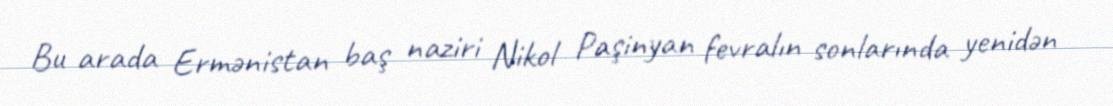
Bu arada Ermənistan baş naziri Nikol Paşinyan fevralın sonlarında yenidən